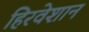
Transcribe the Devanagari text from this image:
हिरवेशान